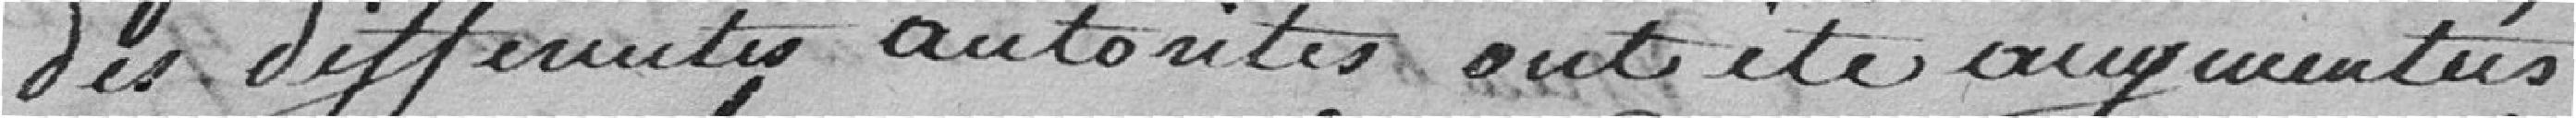
des différentes autorités ont été augmentés